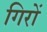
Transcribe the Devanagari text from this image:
गिरों